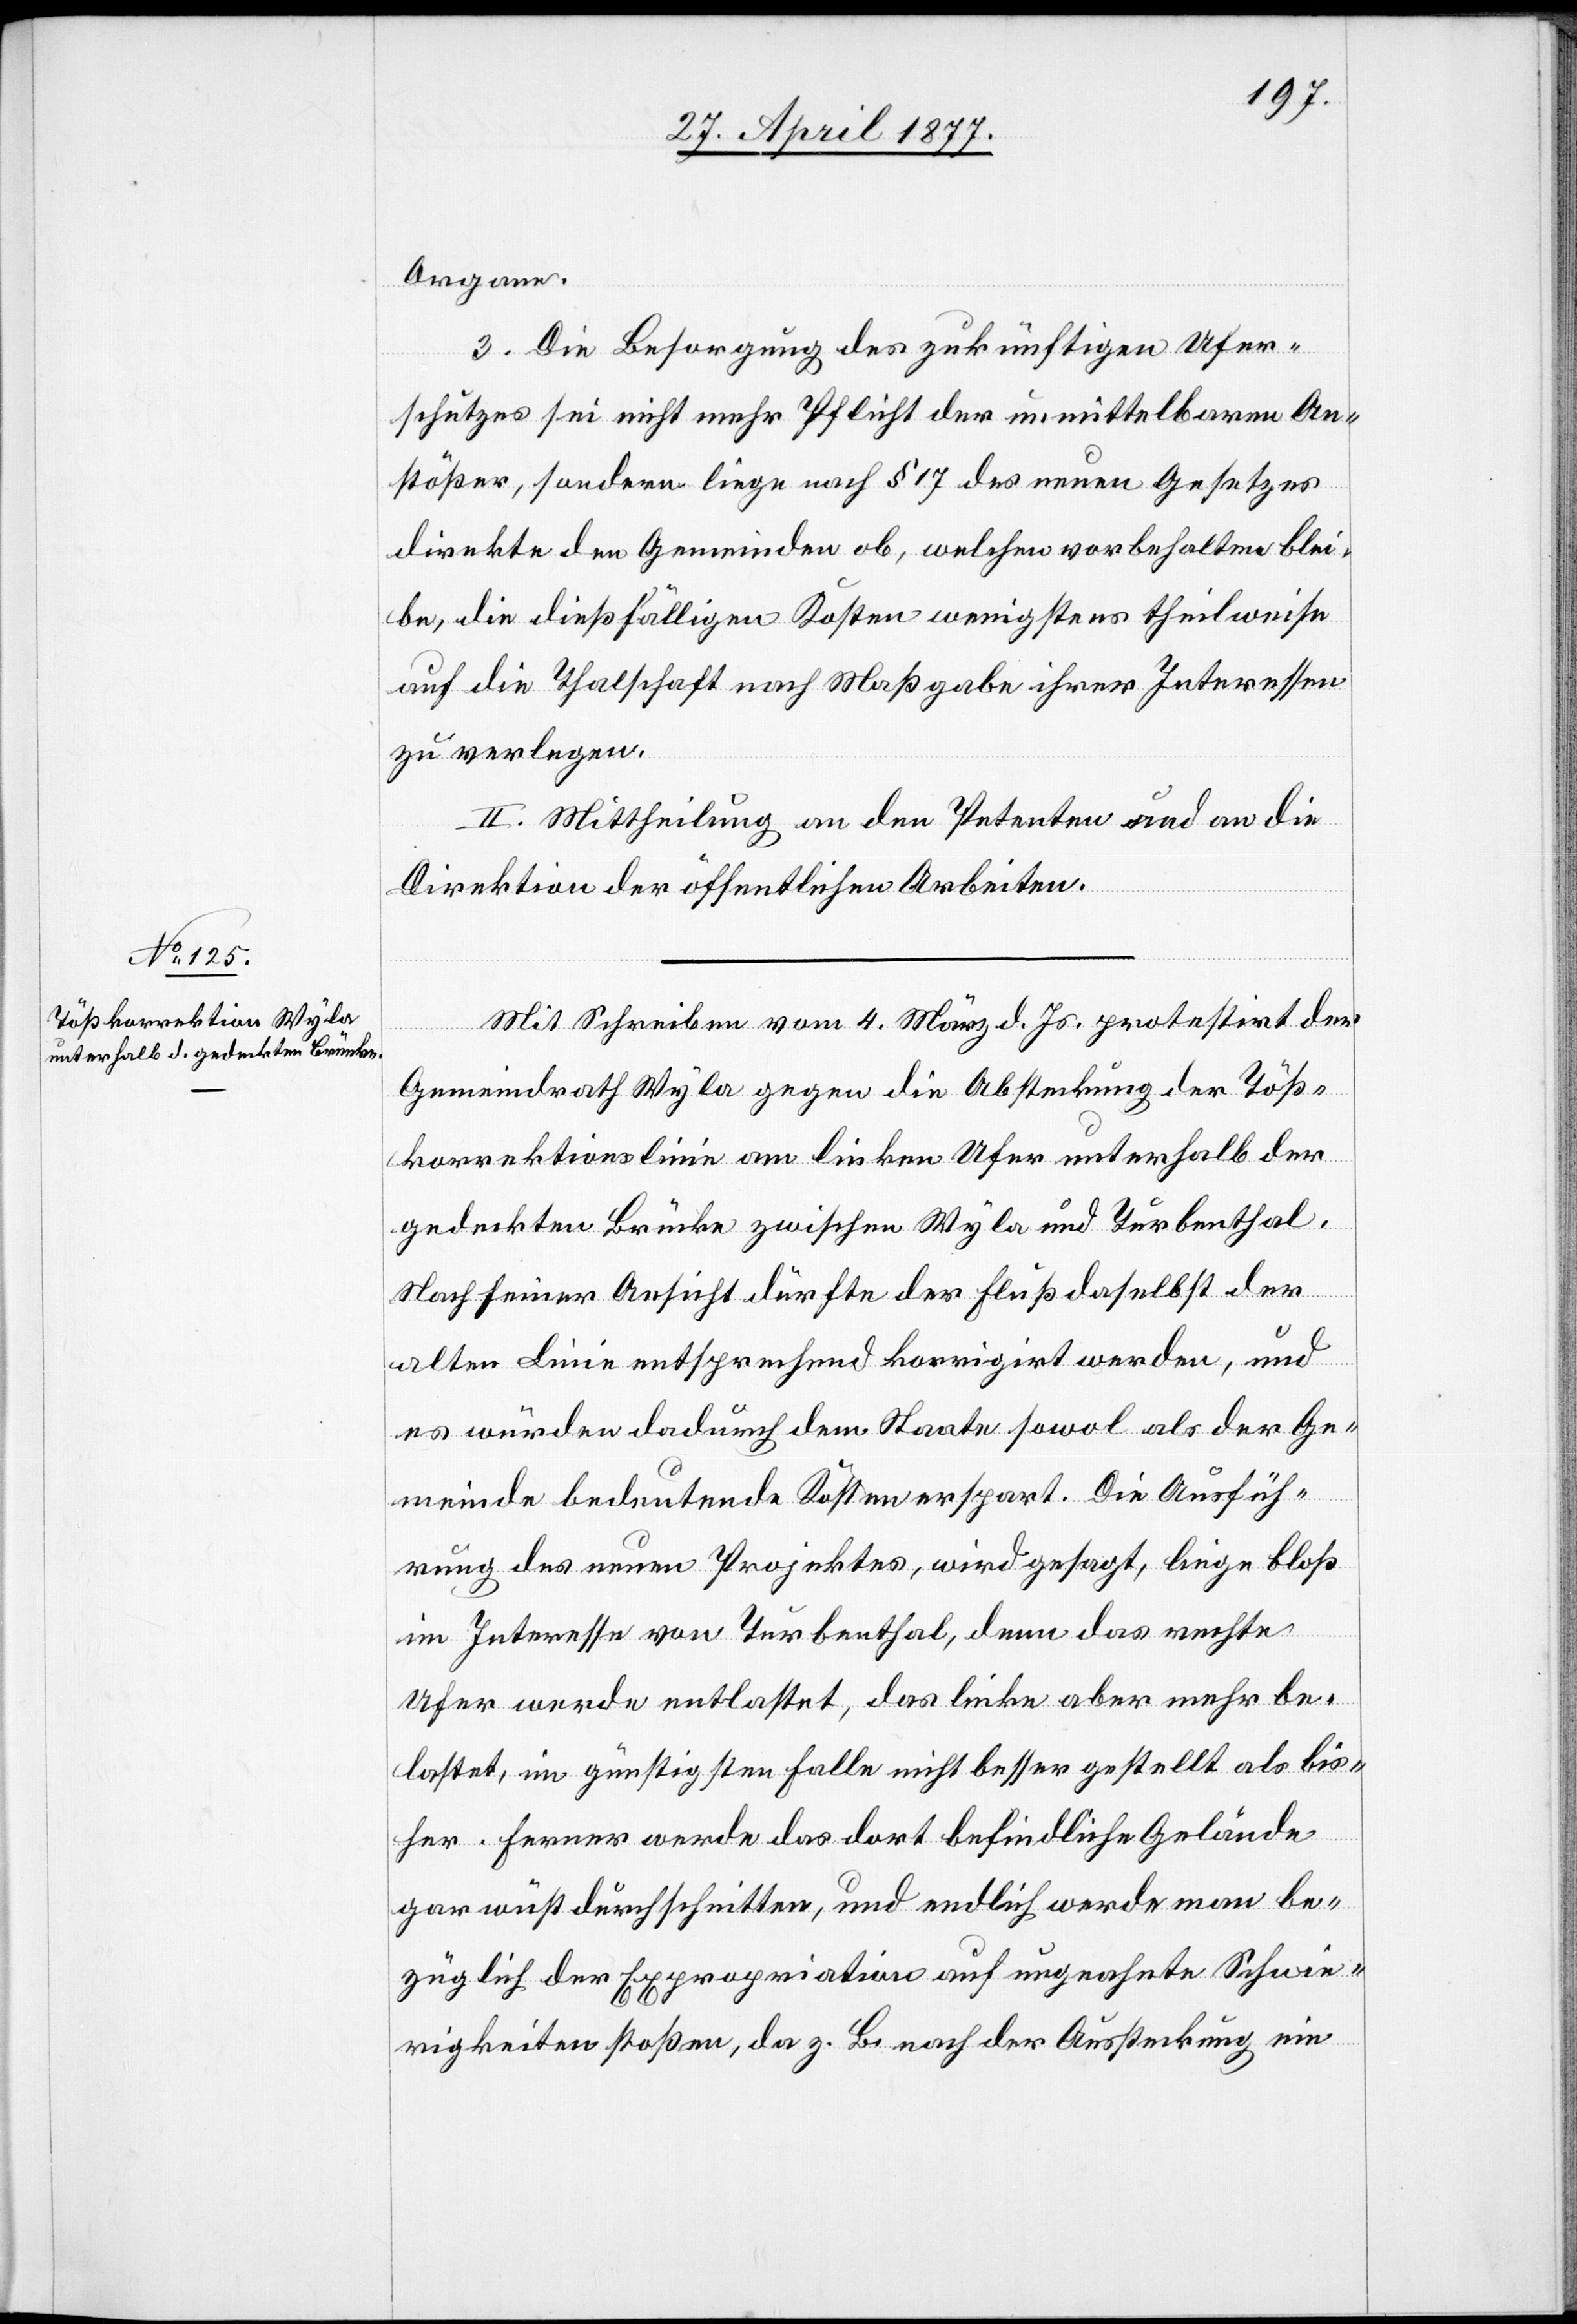
Organe.
3. Die Besorgung des zukünftigen Ufer¬
schutzes sei nicht mehr Pflicht der unmittelbaren An¬
stößer, sondern liege nach § 17 des neuen Gesetzes
direkte den Gemeinden ob, welchen vorbehalten blei¬
be, die dießfälligen Kosten wenigstens theilweise
auf die Thalschaft nach Maßgabe ihrer Interessen
zu verlegen.
II. Mittheilung an den Petenten und an die
Direktion der öffentlichen Arbeiten.
Mit Schreiben vom 4. März d. Js. protestirt der
Gemeindrath Wyla gegen die Absteckung der Töß¬
korrektionslinie am linken Ufer unterhalb der
gedeckten Brücke zwischen Wyla und Turbenthal.
Nach seiner Ansicht dürfte der Fluß daselbst der
alten Linie entsprechend korrigirt werden, und
es würden dadurch dem Staate sowol als der Ge¬
meinde bedeutende Kosten erspart. Die Ausfüh¬
rung des neuen Projektes, wird gesagt, liege bloß
im Interesse von Turbenthal, denn das rechte
Ufer werde entlastet, das linke aber mehr be¬
lastet, im günstigsten Falle nicht besser gestellt als bis¬
her. Ferner werde das dort befindliche Gelände
gar wüst durchschnitten, und endlich werde man be¬
züglich der Expropriation auf ungeahnte Schwie¬
rigkeiten stoßen, da z. B. nach der Aussteckung ein